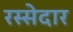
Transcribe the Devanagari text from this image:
रस्सेदार